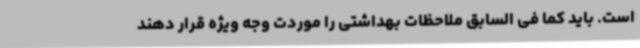
است. باید کما فی السابق ملاحظات بهداشتی را موردت وجه ویژه قرار دهند